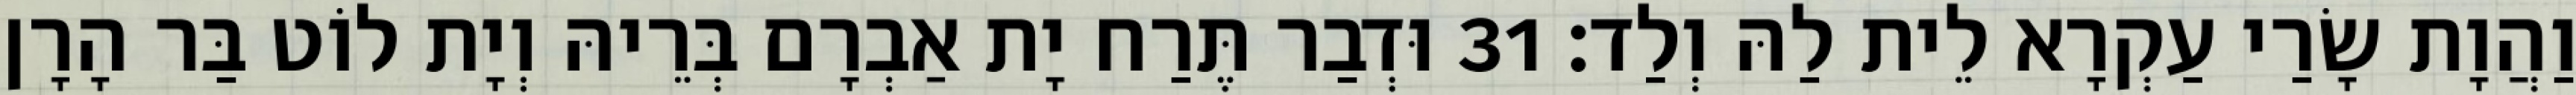
וַהֲוָת שָׂרַי עַקְרָא לֵית לַהּ וְלַד׃ 31 וּדְבַר תֶּרַח יָת אַבְרָם בְּרֵיהּ וְיָת לוֹט בַּר הָרָן